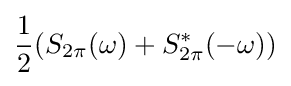
{\frac {1}{2}}(S_{2\pi }(\omega )+S_{2\pi }^{*}(-\omega ))